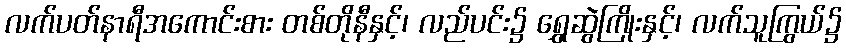
လက်ပတ်နာရီအကောင်းစား တစ်တိုနီနှင့်၊ လည်ပင်း၌ ရွှေဆွဲကြိုးနှင့်၊ လက်သူကြွယ်၌